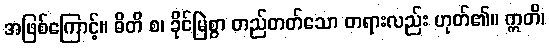
အဖြစ်ကြောင့်။ ဓိတိ စ၊ ခိုင်မြဲစွာ တည်တတ်သော တရားလည်း ဟုတ်၏။ ဣတိ၊